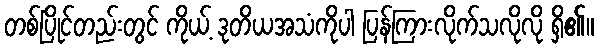
တစ်ပြိုင်တည်းတွင် ကိုယ့် ဒုတိယအသံကိုပါ ပြန်ကြားလိုက်သလိုလို ရှိ၏။